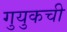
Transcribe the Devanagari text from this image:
गुयुकची